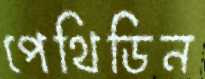
পেথিডিন